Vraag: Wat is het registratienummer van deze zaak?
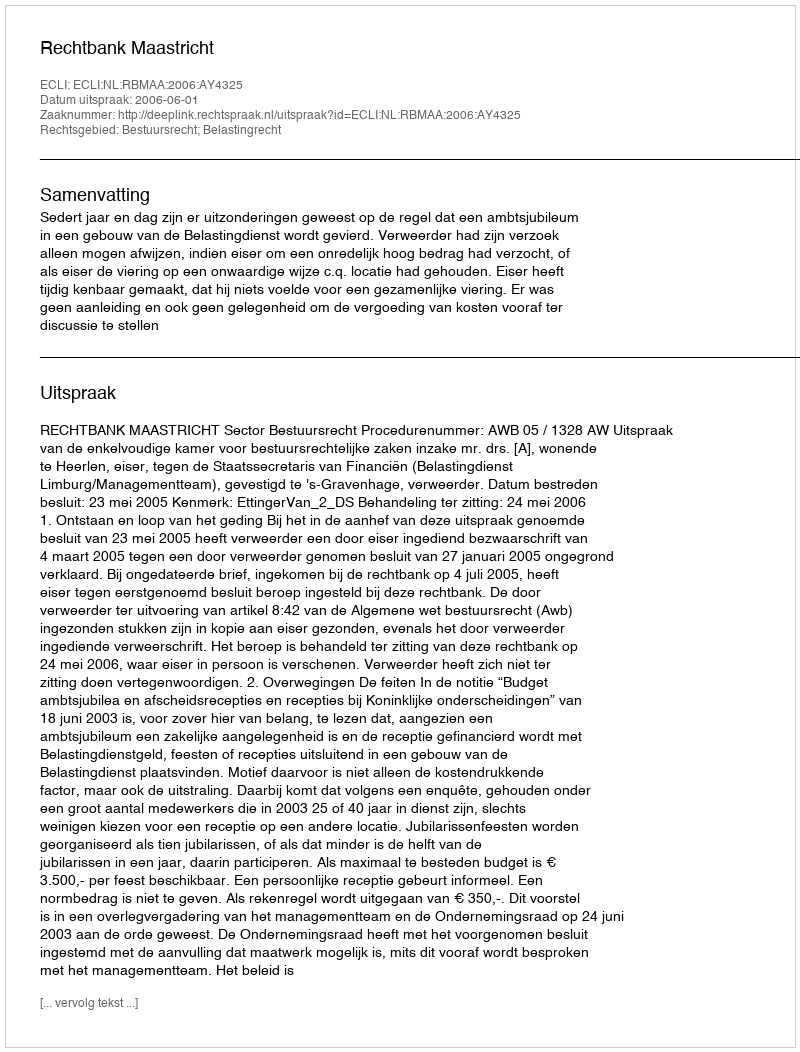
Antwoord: http://deeplink.rechtspraak.nl/uitspraak?id=ECLI:NL:RBMAA:2006:AY4325